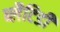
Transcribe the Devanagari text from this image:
ब्लैटिडी